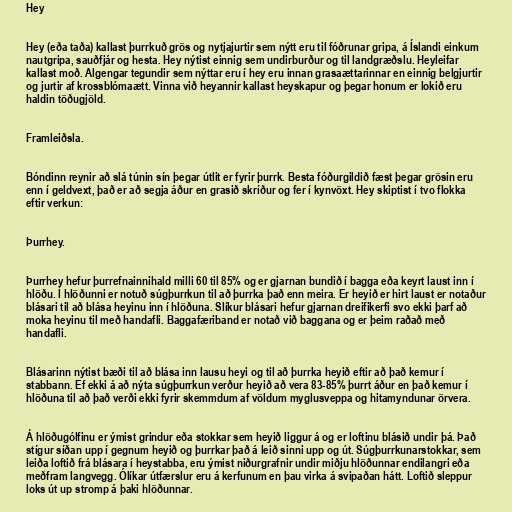
Hey

Hey (eða taða) kallast þurrkuð grös og nytjajurtir sem nýtt eru til fóðrunar gripa, á Íslandi einkum
nautgripa, sauðfjár og hesta. Hey nýtist einnig sem undirburður og til landgræðslu. Heyleifar
kallast moð. Algengar tegundir sem nýttar eru í hey eru innan grasaættarinnar en einnig belgjurtir
og jurtir af krossblómaætt. Vinna við heyannir kallast heyskapur og þegar honum er lokið eru
haldin töðugjöld.

Framleiðsla.

Bóndinn reynir að slá túnin sín þegar útlit er fyrir þurrk. Besta fóðurgildið fæst þegar grösin eru
enn í geldvext, það er að segja áður en grasið skríður og fer í kynvöxt. Hey skiptist í tvo flokka
eftir verkun:

Þurrhey.

Þurrhey hefur þurrefnainnihald milli 60 til 85% og er gjarnan bundið í bagga eða keyrt laust inn í
hlöðu. Í hlöðunni er notuð súgþurrkun til að þurrka það enn meira. Er heyið er hirt laust er notaður
blásari til að blása heyinu inn í hlöðuna. Slíkur blásari hefur gjarnan dreifikerfi svo ekki þarf að
moka heyinu til með handafli. Baggafæriband er notað við baggana og er þeim raðað með
handafli.

Blásarinn nýtist bæði til að blása inn lausu heyi og til að þurrka heyið eftir að það kemur í
stabbann. Ef ekki á að nýta súgþurrkun verður heyið að vera 83-85% þurrt áður en það kemur í
hlöðuna til að það verði ekki fyrir skemmdum af völdum myglusveppa og hitamyndunar örvera.

Á hlöðugólfinu er ýmist grindur eða stokkar sem heyið liggur á og er loftinu blásið undir þá. Það
stígur síðan upp í gegnum heyið og þurrkar það á leið sinni upp og út. Súgþurrkunarstokkar, sem
leiða loftið frá blásara í heystabba, eru ýmist niðurgrafnir undir miðju hlöðunnar endilangri eða
meðfram langvegg. Ólíkar útfærslur eru á kerfunum en þau virka á svipaðan hátt. Loftið sleppur
loks út up stromp á þaki hlöðunnar.